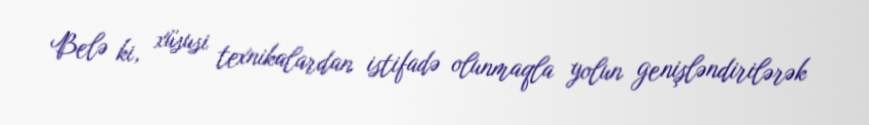
Belə ki, xüsusi texnikalardan istifadə olunmaqla yolun genişləndirilərək